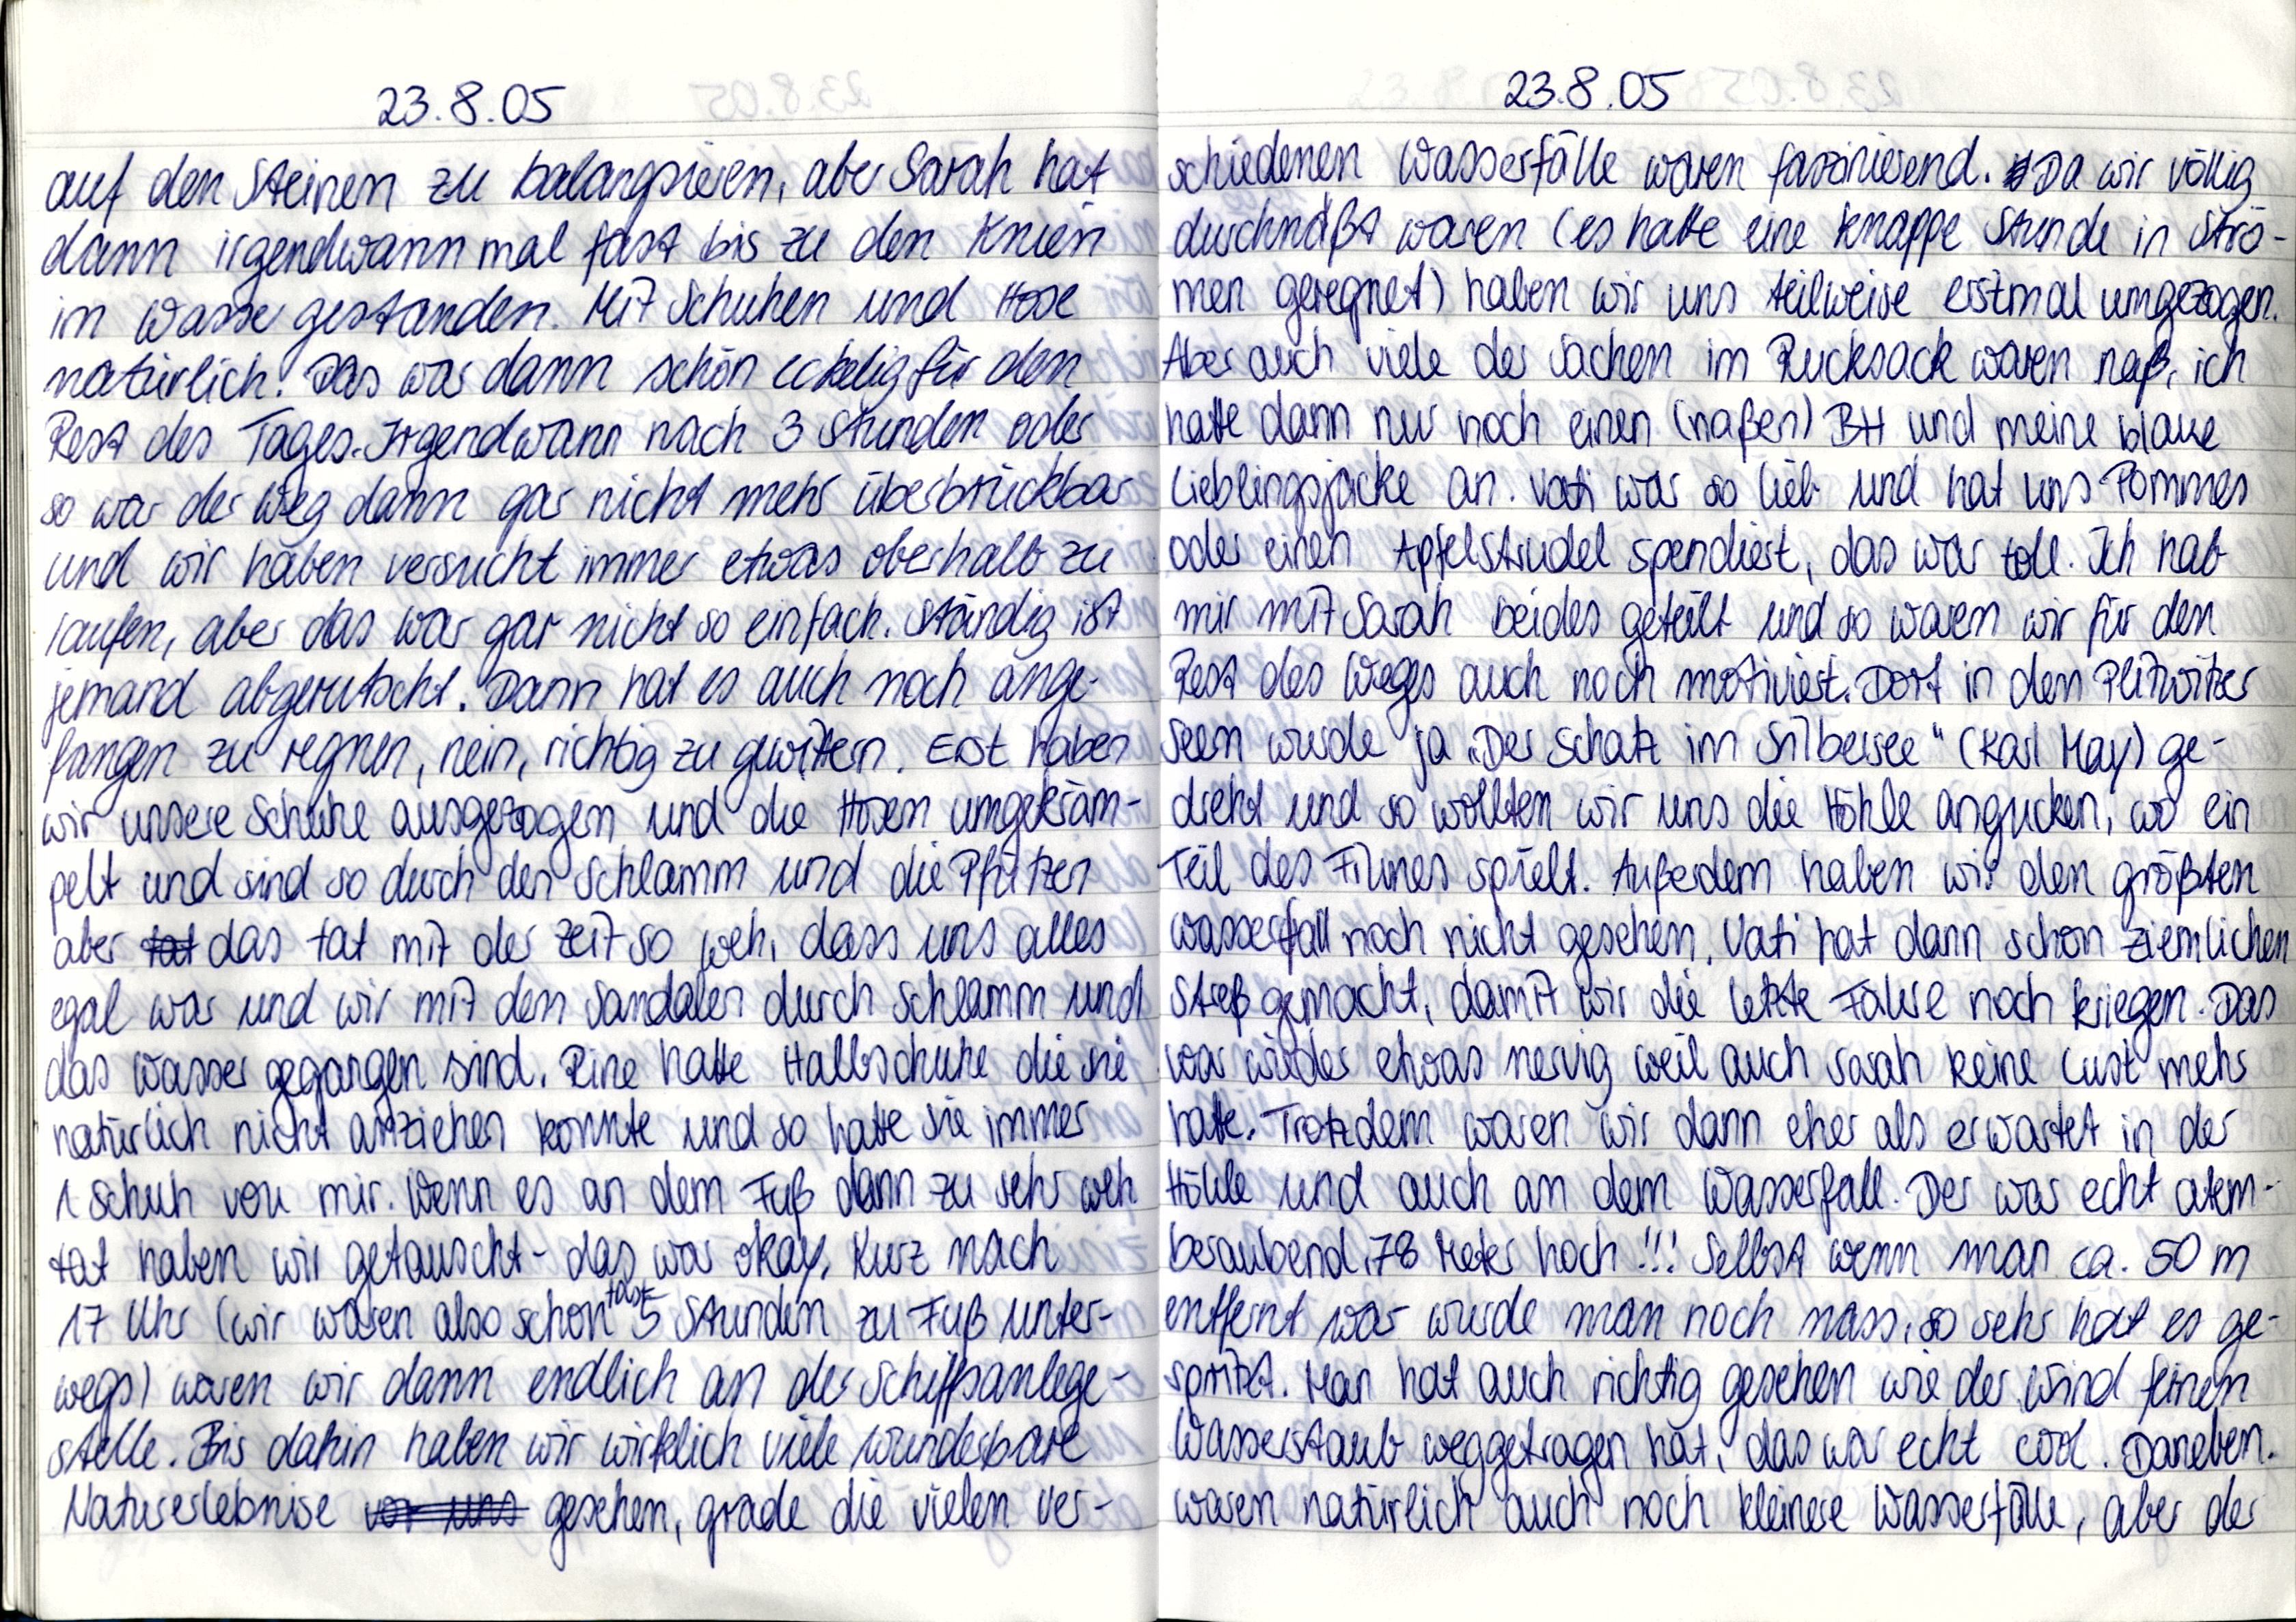
23.8.05
auf den Steinen zu balangsieren, aber Sarah hat
dann irgendwann mal fast bis zu den Knien
im Wasser gestanden. Mit Schuhen und Hose
natürlich. Das war dann schön eckelig für den
Rest des Tages. Irgendwann nach 3 Stunden oder
so war der Wieg dann gar nicht mehr überbrückbar
und wir haben versucht immer etwas oberhalb zu
laufen, aber das war gar nicht so einfach. Ständig ist
jemand abgerutscht. Dann hat es auch noch anger-
fangen zu regnen, nein, richtig zu gewittern. Erst haben
wir unsere Schuhe ausgezogen und die Hosen umgekräm-
pelt und sind so durch den Schlamm und die Pfützen
aber das tat mit der Zeit so weh, dass uns alles
egal war und wir mit den Sandalen durch Schlamm und
das Wasser gegangen sind, Rine hatte Halbschuhe die sie
natürlich nicht anziehen konnte und so hatte sie immer
1 Schuh von mir. Wenn es an dem Fuß dann zu sehr weh
tat haben wir getauscht - das war okay. Kurz nach
17 Uhr (wir waren also schon fast 5 Stunden zu Fuß unter-
wegs) waren wir dann endlich an der Schiffsanlege-
stelle. Bis dahin haben wir wirklich viele wunderbare
Naturerlebnise gesehen, grade die vielen ver-

23.8.05
schiedenen Wasserfälle waren faszinierend. Da wir völlig
durchnäßt waren (es hatte eine knappe Stunde in Strö-
men geregnet) haben wir uns teilweise erstmal umgezogen.
Aber auch viele der Sachen im Rucksack waren haß, ich
hatte dann nur noch einen (naßen) BH und meine blaue
Lieblingsjacke an. Vati war so lieb und hat uns Pommes
oder einen Apfelstrudel spendiert, das war toll. Ich hab
mir mit Sarah beides geteilt und so waren wir für den
Rest des Weges auch noch motiviert. Dort in dem Plitwitzer
Seen wurde ja „Der Schatz im Silbersee" (Karl May) ge-
dreht und so wollten wir uns die Höhle angucken, wo ein
Teil des Filmes spielt. Außerdem haben wir den größten
Wasserfall noch nicht gesehen. Vati hat dann schon ziemlichen
Streß gemacht, damit wir die letzte Fähre noch kriegen. Das
war wieder etwas nervig weil auch Sarah keine Lust mehr
hatte, Trotzdem waren wir dann eher als erwartet in der
Höhle und auch an dem Wasserfall. Der war echt atem-
beraubend 78 Meter noch!!! Selbst wenn man ca. 50m
entfent war wurde man noch nass, so sehr hat es ge-
spritzt. Man hat auch richtig gesehen wie der Wind feinen
Wasserstaub weggetragen hat, das war echt cool. Daneben
waren natürlich auch noch kleinere Wasserfälle, aber der